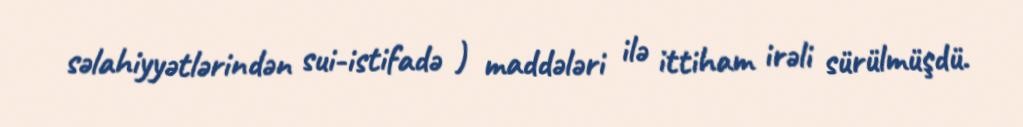
səlahiyyətlərindən sui-istifadə ) maddələri ilə ittiham irəli sürülmüşdü.